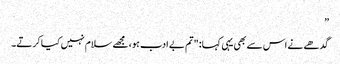
”
گدھے نے اس سے بھی یہی کہا: "تم بے ادب ہو، مجھے سلام نہیں کیا کرتے۔